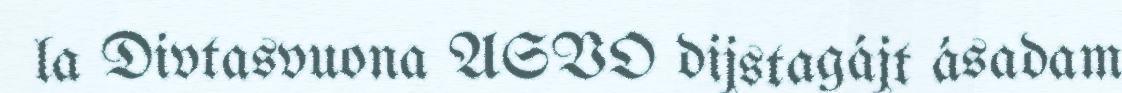
la Divtasvuona ASVO dijstagájt ásadam